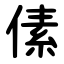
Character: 傃